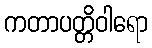
ကတာပတ္တိဝါရော